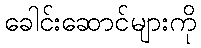
ခေါင်းဆောင်များကို